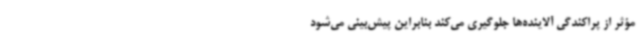
مؤثر از پراکندگی آلاینده‌ها جلوگیری می‌کند بنابراین پیش‌بینی می‌شود